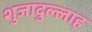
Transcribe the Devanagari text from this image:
शुजादुल्लाह